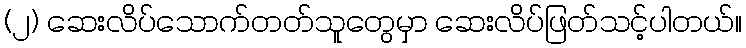
(၂) ဆေးလိပ်သောက်တတ်သူတွေမှာ ဆေးလိပ်ဖြတ်သင့်ပါတယ်။